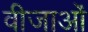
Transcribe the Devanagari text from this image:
वीजाओं